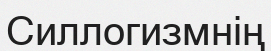
Силлогизмнің